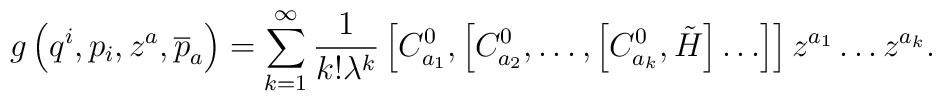
g\left( q^i,p_i,z^a,\overline{p}_a\right)=\sum\limits_{k=1}^\infty \frac 1{k!\lambda ^k}\left[ C_{a_1}^0,\left[C_{a_2}^0,\ldots ,\left[ C_{a_k}^0,\tilde H\right] \ldots \right] \right]z^{a_1}\ldots z^{a_k}.